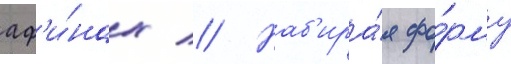
аф'и́нах // Наб'ира́я фо́рму